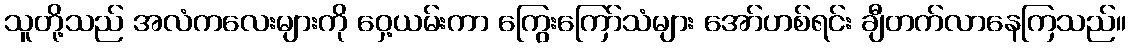
သူတို့သည် အလံကလေးများကို ဝှေ့ယမ်းကာ ကြွေးကြော်သံများ အော်ဟစ်ရင်း ချီတက်လာနေကြသည်။